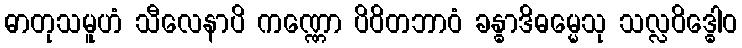
ဓာတုသမူဟံ သီလေနာပိ ကဏ္ဏော ပိဝိတဘာဝံ ခန္ဓာဒိဓမ္မေသု သလ္လဝိဒ္ဓေါဝ